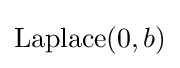
{\textrm {Laplace}}(0,b)